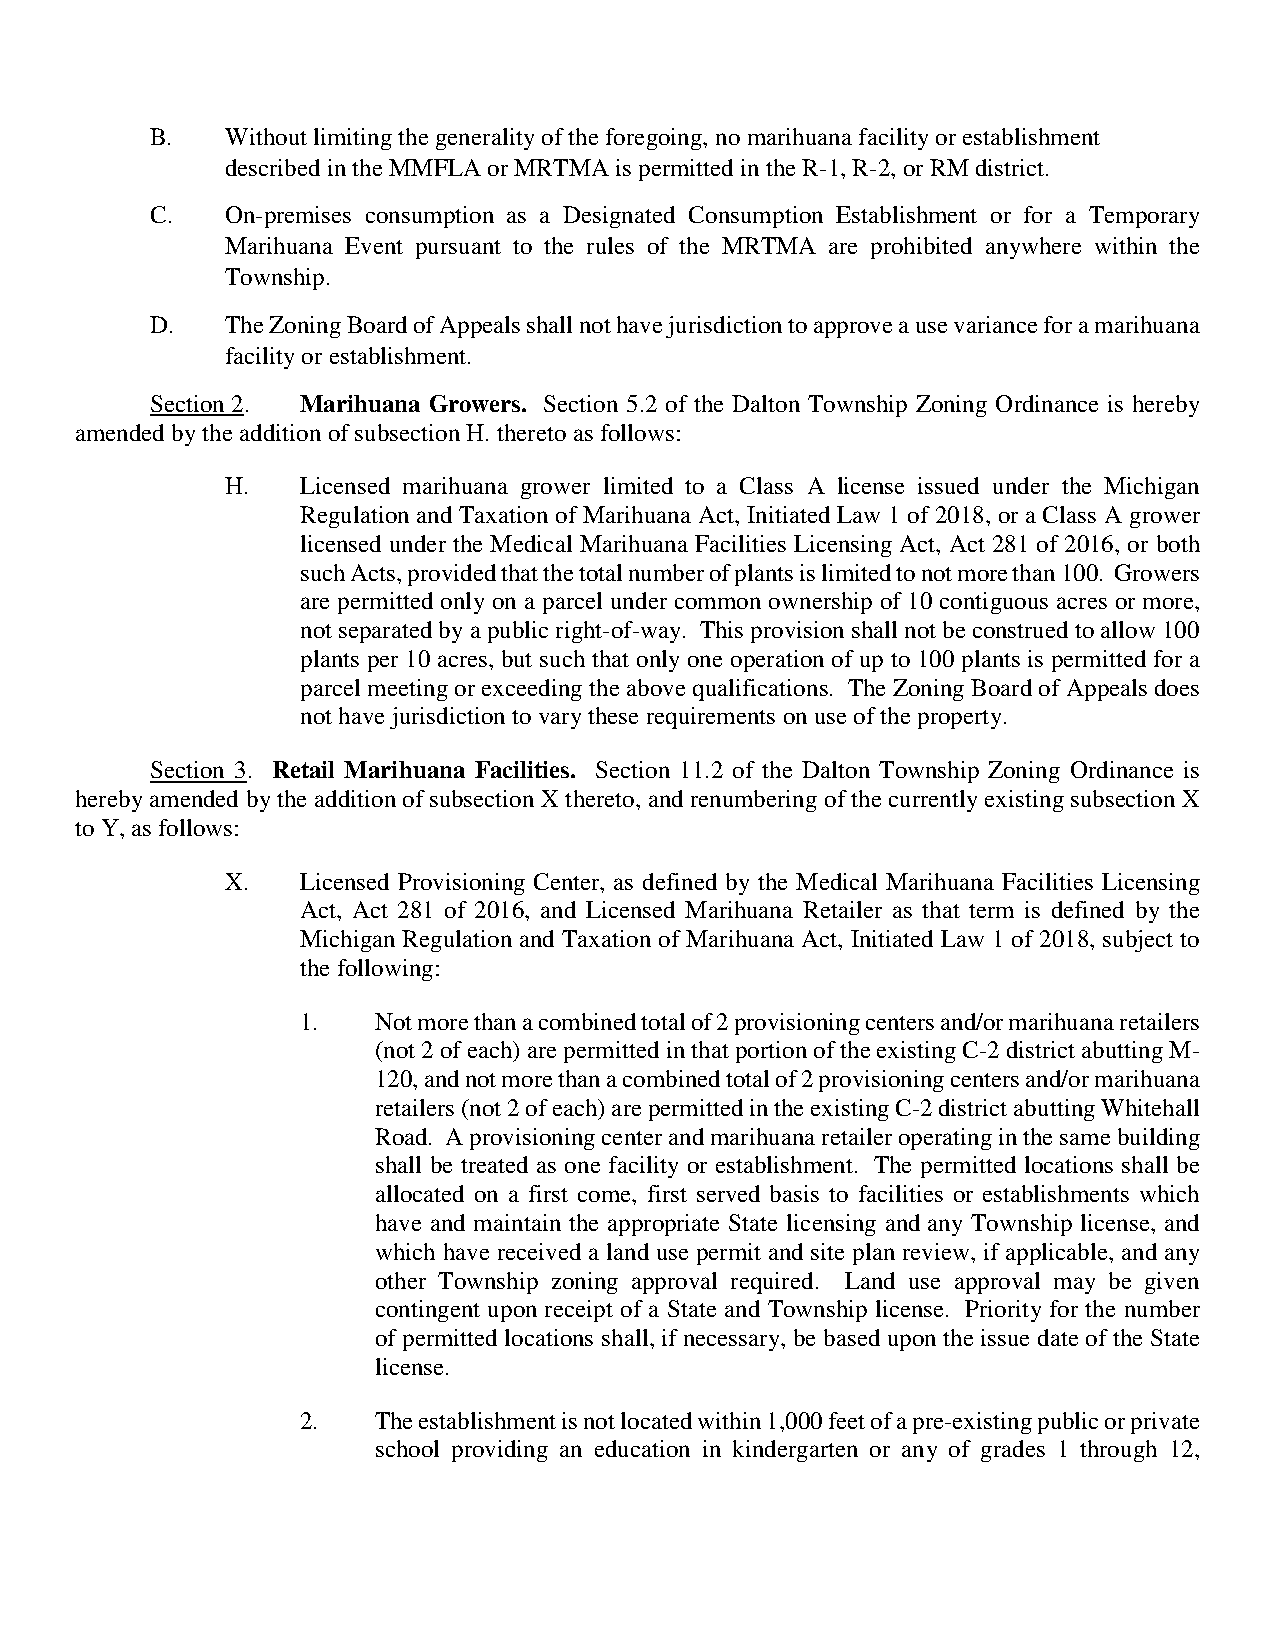
B.   Without limiting the generality of the foregoing, no marihuana facility or establishment
 described in the MMFLA or MRTMA is permitted in the R-1, R-2, or RM district.
 C.   On-premises consumption as a Designated Consumption Establishment or for a Temporary
 Marihuana Event pursuant to the rules of the MRTMA are prohibited anywhere within the
 Township.
 D.   The Zoning Board of Appeals shall not have jurisdiction to approve a use variance for a marihuana
 facility or establishment.
 Section 2. Marihuana Growers. Section 5.2 of the Dalton Township Zoning Ordinance is hereby
 amended by the addition of subsection H. thereto as follows:
 H.   Licensed marihuana grower limited to a Class A license issued under the Michigan
 Regulation and Taxation of Marihuana Act, Initiated Law 1 of 2018, or a Class A grower
 licensed under the Medical Marihuana Facilities Licensing Act, Act 281 of 2016, or both
 such Acts, provided that the total number of plants is limited to not more than 100. Growers
 are permitted only on a parcel under common ownership of 10 contiguous acres or more,
 not separated by a public right-of-way. This provision shall not be construed to allow 100
 plants per 10 acres, but such that only one operation of up to 100 plants is permitted for a
 parcel meeting or exceeding the above qualifications. The Zoning Board of Appeals does
 not have jurisdiction to vary these requirements on use of the property.
 Section 3. Retail Marihuana Facilities. Section 11.2 of the Dalton Township Zoning Ordinance is
 hereby amended by the addition of subsection X thereto, and renumbering of the currently existing subsection X
 to Y, as follows:
 X.   Licensed Provisioning Center, as defined by the Medical Marihuana Facilities Licensing
 Act, Act 281 of 2016, and Licensed Marihuana Retailer as that term is defined by the
 Michigan Regulation and Taxation of Marihuana Act, Initiated Law 1 of 2018, subject to
 the following:
 1.   Not more than a combined total of 2 provisioning centers and/or marihuana retailers
 (not 2 of each) are permitted in that portion of the existing C-2 district abutting M-
 120, and not more than a combined total of 2 provisioning centers and/or marihuana
 retailers (not 2 of each) are permitted in the existing C-2 district abutting Whitehall
 Road. A provisioning center and marihuana retailer operating in the same building
 shall be treated as one facility or establishment. The permitted locations shall be
 allocated on a first come, first served basis to facilities or establishments which
 have and maintain the appropriate State licensing and any Township license, and
 which have received a land use permit and site plan review, if applicable, and any
 other Township zoning approval required. Land use approval may be given
 contingent upon receipt of a State and Township license. Priority for the number
 of permitted locations shall, if necessary, be based upon the issue date of the State
 license.
 2.   The establishment is not located within 1,000 feet of a pre-existing public or private
 school providing an education in kindergarten or any of grades 1 through 12,